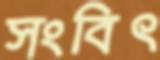
সংবিৎ